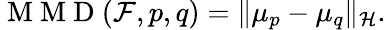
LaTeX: \mathrm{~M~M~D~}(\mathcal{F},p,q)=\| \mu_{p}-\mu_{q}\| _{\mathcal{H}}.